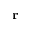
\textbf { r }